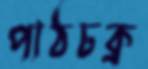
পাঠচক্র